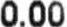
0.00